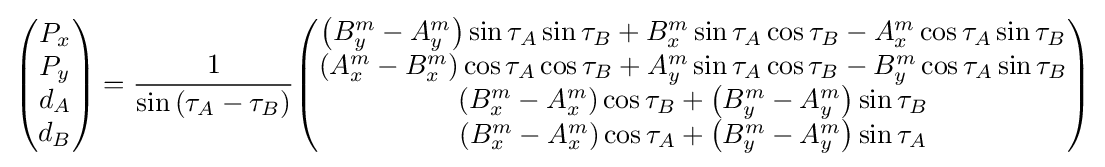
{\begin{pmatrix}P_{x}\\P_{y}\\d_{A}\\d_{B}\end{pmatrix}}={\frac {1}{\sin \left(\tau _{A}-\tau _{B}\right)}}{\begin{pmatrix}\left(B_{y}^{m}-A_{y}^{m}\right)\sin \tau _{A}\sin \tau _{B}+B_{x}^{m}\sin \tau _{A}\cos \tau _{B}-A_{x}^{m}\cos \tau _{A}\sin \tau _{B}\\\left(A_{x}^{m}-B_{x}^{m}\right)\cos \tau _{A}\cos \tau _{B}+A_{y}^{m}\sin \tau _{A}\cos \tau _{B}-B_{y}^{m}\cos \tau _{A}\sin \tau _{B}\\\left(B_{x}^{m}-A_{x}^{m}\right)\cos \tau _{B}+\left(B_{y}^{m}-A_{y}^{m}\right)\sin \tau _{B}\\\left(B_{x}^{m}-A_{x}^{m}\right)\cos \tau _{A}+\left(B_{y}^{m}-A_{y}^{m}\right)\sin \tau _{A}\\\end{pmatrix}}